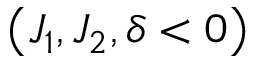
\left( J _ { 1 } , J _ { 2 } , \delta < 0 \right)